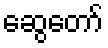
ဆွေတော်